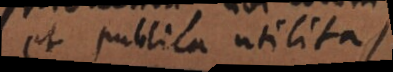
et publica utilitas